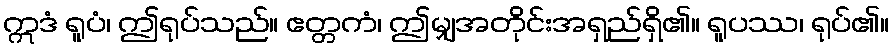
ဣဒံ ရူပံ၊ ဤရုပ်သည်။ ဧတ္တကံ၊ ဤမျှအတိုင်းအရှည်ရှိ၏။ ရူပဿ၊ ရုပ်၏။